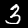
Label: 3